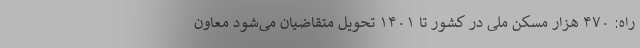
راه: ۴۷۰ هزار مسکن ملی در کشور تا ۱۴۰۱ تحویل متقاضیان می‌شود معاون